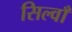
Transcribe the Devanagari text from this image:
सिल्वाँ